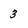
Character: 3